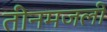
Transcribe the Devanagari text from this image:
तीनमजली